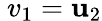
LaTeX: \ v_{1}=\mathbf{u}_{2}